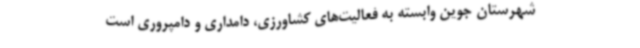
شهرستان جوین وابسته به فعالیت‌های کشاورزی، دامداری و دامپروری است